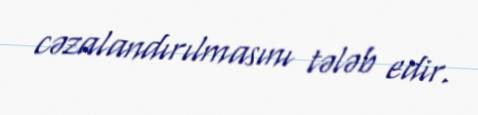
cəzalandırılmasını tələb edir.